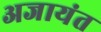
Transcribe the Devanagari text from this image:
अजायंत